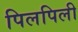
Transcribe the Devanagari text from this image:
पिलपिली